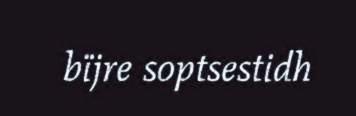
bïjre soptsestidh